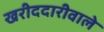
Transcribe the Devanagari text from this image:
खरीददारीवाले